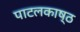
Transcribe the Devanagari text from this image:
पाटलकाष्ठ